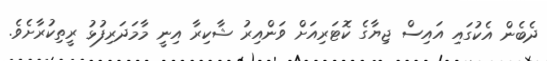
ދެބެން އެކުގައި އައިސް ޖިޔާގެ ކޮޓަރިއަށް ވަންއިރު ޝާކިރާ އިނީ މާމަދަރިފުޅު ރީތިކުރާށެވެ.